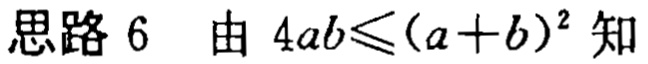
思路 6  由 \(4ab\leqslant(a + b)^{2}\) 知